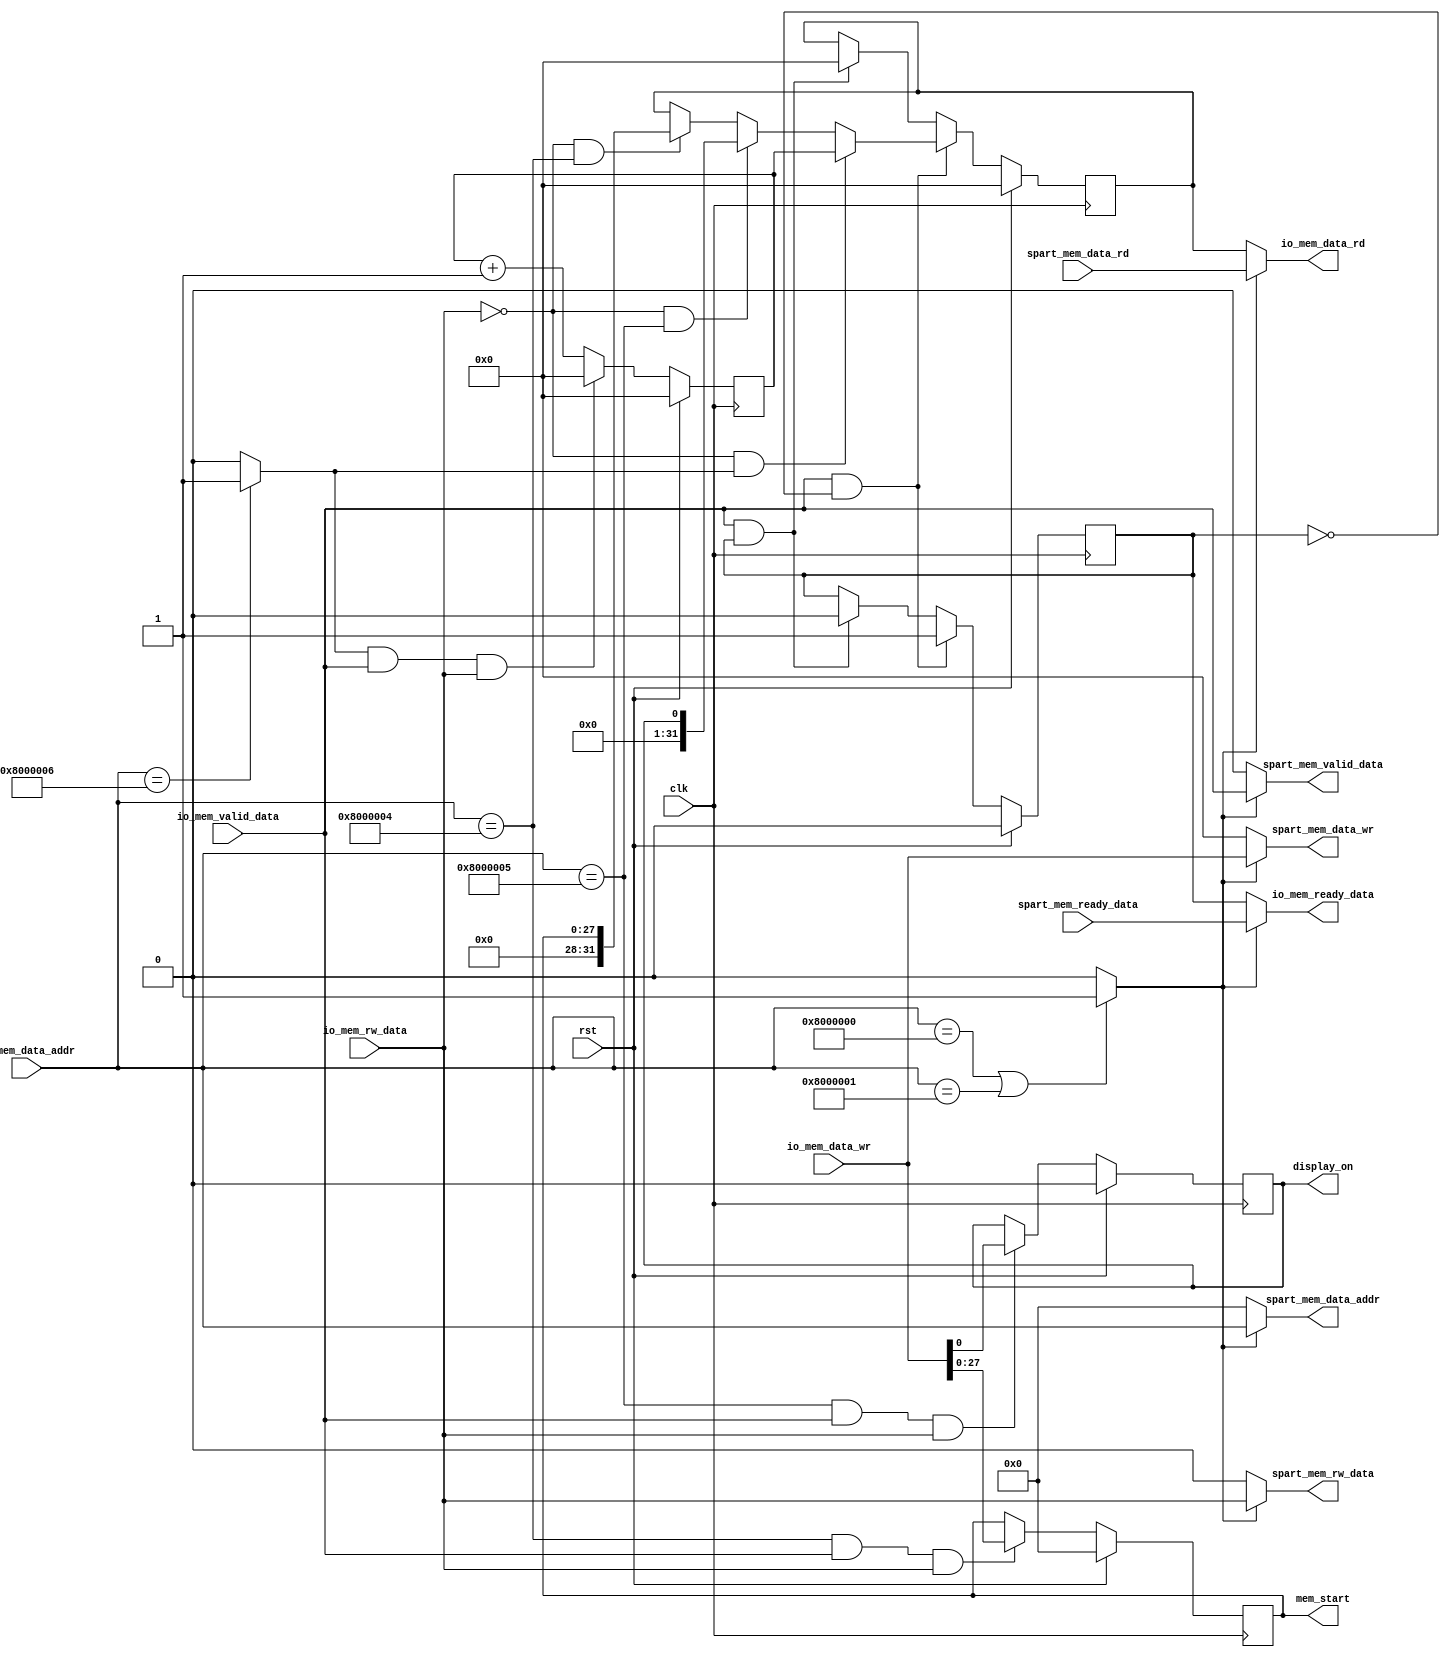
`timescale 1ns / 1ps
//////////////////////////////////////////////////////////////////////////////////
// Company: 
// Engineer: 
// 
// Design Name: 
// Module Name:    write_data_mem 
// Project Name: 
// Target Devices: 
// Tool versions: 
// Description: 
//
// Dependencies: 
//
// Revision: 
// Revision 0.01 - File Created
// Additional Comments: 
//
//////////////////////////////////////////////////////////////////////////////////
module IO_map_address_block #(
      parameter NUMBER_OF_ACCESS = 1 
		)
(
		input clk,
		input rst,
	
	// Inputs from D-cache, IO interface
	input  	   [31:0] io_mem_data_wr,
						
								
	output   [31:0] io_mem_data_rd,
							
								
   input       [27:0]  io_mem_data_addr,
								
								
	input               io_mem_rw_data,
	                   
								
	input               io_mem_valid_data,
								
	output 		  io_mem_ready_data,
	
	// Outputs to DVI
	
	output reg [27:0]  mem_start,
	output reg display_on,
	
// Output to SPART bypassed	
	output  	   [31:0] spart_mem_data_wr,
									
	input       [31:0] spart_mem_data_rd,						
								
   output      [27:0]  spart_mem_data_addr,
														
	output              spart_mem_rw_data,
	                  							
	output               spart_mem_valid_data,
	                  						
	input 				  spart_mem_ready_data	
    );
   
	reg [31:0] tick_counter;
	
   wire dvi_addr;
	wire spart_addr;
	wire tick_addr;
	
   assign dvi_addr = ( io_mem_data_addr == 28'h8000004 | io_mem_data_addr == 28'h8000005 ) ? 1 : 0;
	assign spart_addr = ( io_mem_data_addr == 28'h8000000 | io_mem_data_addr == 28'h8000001 ) ? 1 : 0;
	assign tick_addr = ( io_mem_data_addr == 28'h8000006 ) ? 1 : 0;
	
	wire  	   [31:0] mem_data_wr;							
   reg  [31:0] mem_data_rd;							
   wire      [27:0]  mem_data_addr;						
	wire               mem_rw_data;                							
	wire               mem_valid_data;							
	reg		  mem_ready_data;
	
	assign io_mem_data_rd = (spart_addr) ? spart_mem_data_rd : mem_data_rd;
	assign io_mem_ready_data = (spart_addr) ? spart_mem_ready_data : mem_ready_data;
	
	// Spart
	assign spart_mem_data_wr = (spart_addr) ? io_mem_data_wr : 32'd0;
	assign spart_mem_data_addr = (spart_addr) ? io_mem_data_addr : 32'd0;
	assign spart_mem_rw_data = (spart_addr) ? io_mem_rw_data : 32'd0;
	assign spart_mem_valid_data = (spart_addr) ? io_mem_valid_data : 32'd0;
	
   // DVI
	assign mem_data_wr = io_mem_data_wr;
	assign mem_data_addr = io_mem_data_addr;
	assign mem_rw_data =   io_mem_rw_data;
	assign mem_valid_data =  io_mem_valid_data;

  // Tick Counter always block
  always @(posedge clk)
  begin
	if(rst)
		tick_counter <= 32'd0;
	else if(tick_addr & mem_valid_data & mem_rw_data)
      tick_counter <= 32'd0;	
	else
		tick_counter <= tick_counter + 1;
  end
  
  // VGA Addr block
    always @(posedge clk)
  begin
	if(rst)
		mem_start <= 28'd0;
	else if( (mem_data_addr == 28'h8000004) & mem_valid_data & mem_rw_data) // Write to the register
      mem_start <= mem_data_wr[27:0];	
	else
		mem_start <= mem_start;
  end
	
	
	  // Display ON block
    always @(posedge clk)
  begin
	if(rst)
		display_on <= 0;
	else if( (mem_data_addr == 28'h8000005) & mem_valid_data & mem_rw_data) // Write to the register
      display_on <= mem_data_wr[0];	
	else
		display_on <= display_on;
  end
	
	// Block which gives responses ready signal
	
	   always @(posedge clk)
  begin
	if(rst)
		begin
		mem_ready_data <= 0;
		mem_data_rd <= 32'd0;
		end
	else if( mem_valid_data & ~mem_ready_data )  // For any address give response
		begin
		
		mem_ready_data <= 1;
		
		if(~mem_rw_data & tick_addr)  // Read command for tick counter
		mem_data_rd <= tick_counter;
		
		else if(~mem_rw_data & (mem_data_addr == 28'h8000005)) // Read for DVI_ON
		mem_data_rd <= {27'd0,display_on};
		
		else if(~mem_rw_data & (mem_data_addr == 28'h8000004)) // Read for DVI_ON
		mem_data_rd <= {4'd0,mem_start};
		
		end
		
	else if( mem_valid_data & mem_ready_data )  // For any address give response
		begin
		
		mem_ready_data <= 0;
		mem_data_rd <= 32'd0;
	
		end
  end
	
	
	
endmodule